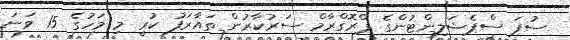
ސުޕަ ސްޕެޝަލިންޓުންގެ ޕްރޮގްރާމް ސަރުކާރުން ތައާރަފު ކުރީ މި މަހުގެ 15 ވަނަ